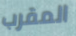
المقرب